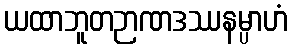
ယထာဘူတဉာဏဒဿနမ္ပာဟံ